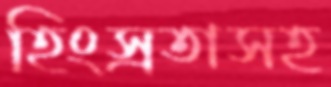
হিংস্রতাসহ